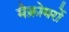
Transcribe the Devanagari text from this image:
मैक्रोमरों